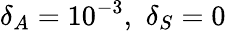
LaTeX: \delta_{A}=10^{-3},\, \, \delta_{S}=0